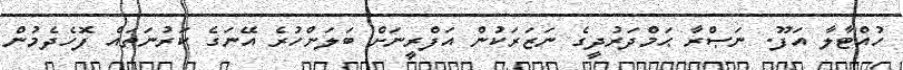
ހުއްޓާލާ އަފޫ. ނަޞްރާ ޙަމްދަރުދީގެ ނަޒަރަކުން އަފްރީނަށް ބަލަންހުރެ އޭނަގެ ކަރުނަތައް ފޮހެދެމުން